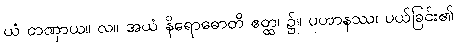
ယံ တဏှာယ။ လ။ အယံ နိရောဓောတိ ဧတ္ထ၊ ၌။ ပဟာနဿ၊ ပယ်ခြင်း၏